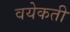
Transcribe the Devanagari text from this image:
वयेकती